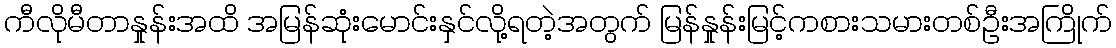
ကီလိုမီတာနှုန်းအထိ အမြန်ဆုံးမောင်းနှင်လို့ရတဲ့အတွက် မြန်နှုန်းမြင့်ကစားသမားတစ်ဦးအကြိုက်